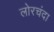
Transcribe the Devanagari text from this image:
लोरचंदा